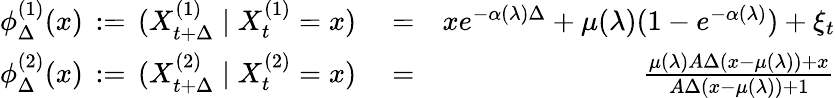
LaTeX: \begin{array}{rlr}{\phi_{\Delta}^{(1)}(x)\, :=\, (X_{t+\Delta}^{(1)}\mid X_{t}^{(1)}=x)}&{{}=}&{xe^{-\alpha(\lambda)\Delta}+\mu(\lambda)(1-e^{-\alpha(\lambda)})+\xi_{t}}\\ {\phi_{\Delta}^{(2)}(x)\, :=\, (X_{t+\Delta}^{(2)}\mid X_{t}^{(2)}=x)}&{{}=}&{\frac{\mu(\lambda)A\Delta(x-\mu(\lambda))+x}{A\Delta(x-\mu(\lambda))+1}}\end{array}